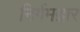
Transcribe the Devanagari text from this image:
निर्गमद्वार